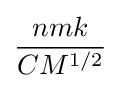
{\frac {nmk}{CM^{1/2}}}